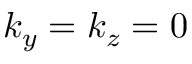
k _ { y } = k _ { z } = 0